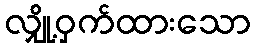
လျှို့ဝှက်ထားသော